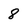
Character: 8